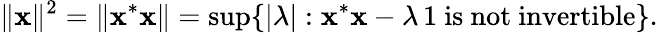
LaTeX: \| \mathbf{x}\| ^{2}=\| \mathbf{x}^{*}\mathbf{x}\| =\operatorname*{sup}\{ |\lambda|:\mathbf{x}^{*}\mathbf{x}-\lambda\, 1{\mathrm{{~is~not~invertible}}}\} .